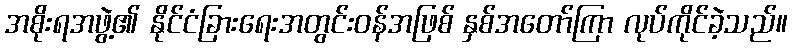
အစိုးရအဖွဲ့၏ နိုင်ငံခြားရေးအတွင်းဝန်အဖြစ် နှစ်အတော်ကြာ လုပ်ကိုင်ခဲ့သည်။